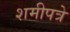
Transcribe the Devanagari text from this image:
शमीपत्रे